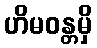
ဟိမဝန္တမှိ